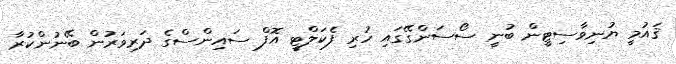
ޤައުމީ ޔުނިވާސިޓީން ބުނީ ސޯސަންގޭގައި ހުރި ފެކަލްޓީ އޮފް ސައިންސްގެ ދަރިވަރުން ބޭނުންކުރާ